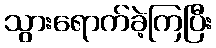
သွားရောက်ခဲ့ကြပြီး